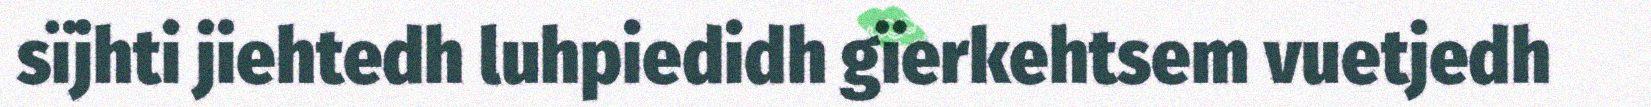
sïjhti jiehtedh luhpiedidh gïerkehtsem vuetjedh